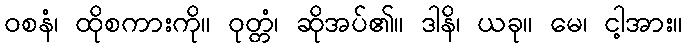
ဝစနံ၊ ထိုစကားကို။ ဝုတ္တံ၊ ဆိုအပ်၏။ ဒါနိ၊ ယခု။ မေ၊ ငါ့အား။